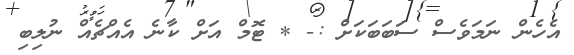
އެހެން ނަމަވެސް ސަބަބަކަށް :- * ޓޮމް އަށް ކާނެ އެއްޗެއް ނުލިބި